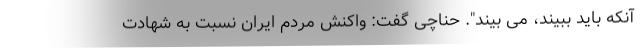
آنکه باید ببیند، می بیند". حناچی گفت: واکنش مردم ایران نسبت به شهادت